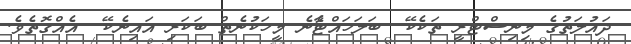
ދައުލަތުގެ މިނިސްޓްރީ ތަކެކޭ  ބަލަހައްޓާެނެ މީހަކުނެތް ބަކަރި އައިނެކޭ  އެއްގޮތެވެ.